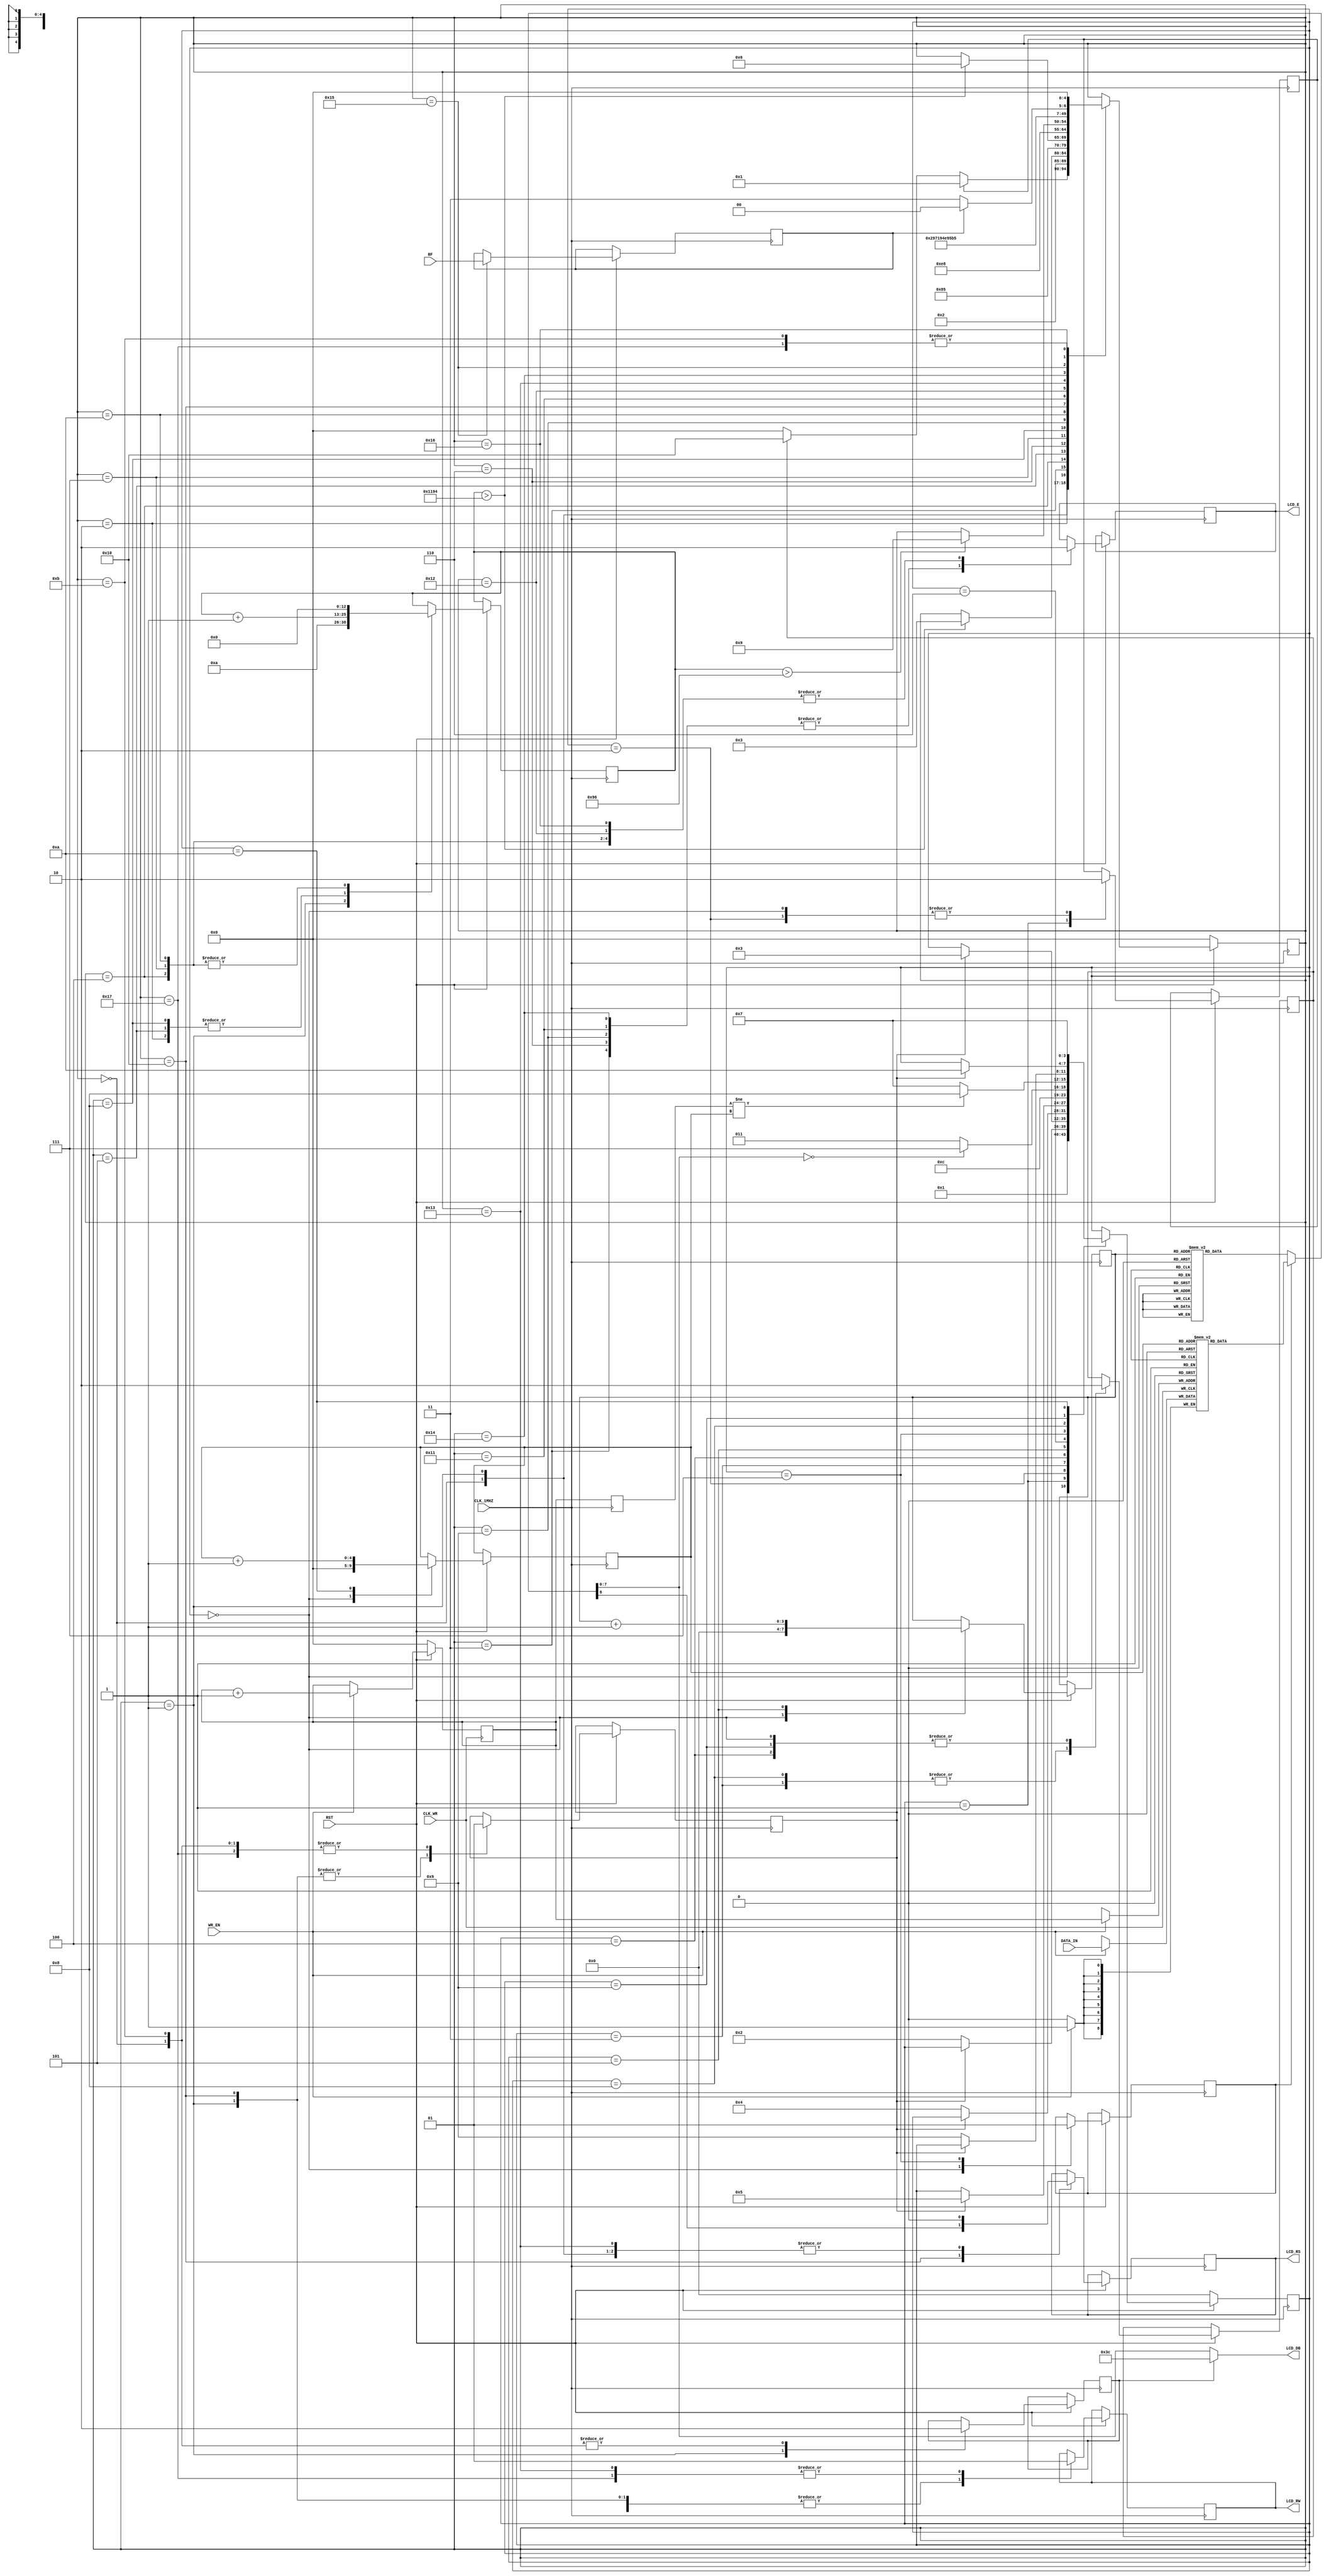
module lcd_putchar_8(input CLK_1MHZ,CLK_WR,
                   input WR_EN,RST,BF,
                   input [8:0] DATA_IN,
                   output reg LCD_E,LCD_RS,LCD_RW,
		    output [7:0] LCD_DB);

reg [4:0] s;
reg go,done,busy;
wire [7:0] LCD_DATA;
reg [3:0] s2;
reg [3:0] adr;
reg pwr_init;
reg [12:0] cnt10;
reg init,norm;
reg [8:0] FIFO [0:31];
reg [4:0] rd_cnt, wr_cnt, buf_wr_cnt;
wire [8:0] DATA_OUT;

/************** FIFO ***************/
always @(posedge CLK_WR) //(1)
if(~RST) wr_cnt<=0;
else
 if(WR_EN) wr_cnt<=wr_cnt+1;

always @(posedge CLK_WR)
 if (WR_EN) FIFO[wr_cnt]<=DATA_IN;

assign DATA_OUT=FIFO[rd_cnt];
/**********************************/

always @(posedge CLK_1MHZ) buf_wr_cnt<=wr_cnt; //(2)
always @(posedge CLK_1MHZ) //(3)
 if(~RST) s2<=0;
 else
  begin
   case (s2)
	 0: begin adr<=0; go<=1'b0; init<=1'b0; 
	           norm<=0; s2<=1; rd_cnt<=0;  end
	 1: begin init<=1'b1; if(~done) s2<=2; end
	 2: begin init<=1'b0; if(done) s2<=3; end 
	 3: begin go<=1'b1; if(~done) s2<=4; end
	 4: begin go<=1'b0; if(done) s2<=5; end
	 5: begin adr<=adr+1; s2<=6; end
	 6: begin if(LCD_DATA==8'd0) s2<=7; else s2<=3; end
	 7: begin norm<=1;
	          if(buf_wr_cnt!=rd_cnt) s2<=8;
	          else s2<=7;
	    end
	 8: begin go<=1; if(~done) s2<=9; end
	 9: begin go<=0; if(done) s2<=10; end
	 10: begin rd_cnt<=rd_cnt+1; s2<=7; end
   endcase
  end
 
function [8:0] INIT_STRING (input [3:0] ADDR); //(4)
  case (ADDR)
   4'd0: INIT_STRING=9'h03c;
   4'd1: INIT_STRING=9'h006;
   4'd2: INIT_STRING=9'h00c;
   4'd3: INIT_STRING=9'h001;
   4'd4: INIT_STRING=9'h128; // (
   4'd5: INIT_STRING=9'h143; // C
   4'd6: INIT_STRING=9'h129; // )
   4'd7: INIT_STRING=9'h120; //
   4'd8: INIT_STRING=9'h132; // 2
   4'd9: INIT_STRING=9'h130; // 0
  4'd10: INIT_STRING=9'h130; // 0
  4'd11: INIT_STRING=9'h138; // 8
  4'd12: INIT_STRING=9'h120; //
  4'd13: INIT_STRING=9'h15a; // Z
  4'd14: INIT_STRING=9'h148; // H
  4'd15: INIT_STRING=9'd0;
  default: INIT_STRING=9'h1xx;
  endcase
endfunction
  
assign {rs_a,LCD_DATA}=norm?DATA_OUT:INIT_STRING(adr); 
assign LCD_DB=pwr_init?8'h3c:LCD_DATA;

always @(posedge CLK_1MHZ) //(5)
 if(~RST) s<=0;
 else
 begin
  case (s)
    0: begin
        LCD_RS<=1'b0; LCD_E<=1'b0; LCD_RW<=1'b0;
        done<=1'b1; pwr_init<=1'b0;
	if(init) s<=1;
	else if(go) s<=16; else s<=0;		  
      end
    1: begin 
        LCD_RW<=0; LCD_RS<=0; cnt10<=10; done<=1'b0;
        pwr_init<=1'b1; s<=2; 
       end
    2: begin
        cnt10<=cnt10+1;
        if(cnt10>13'd4500) s<=3;
       end			 
    3: begin LCD_E<=1'b1; s<=4; end
    4: begin LCD_E<=1'b0; cnt10<=0; s<=5; end
    5: begin  cnt10<=cnt10+1; 
	 if(cnt10>13'd4500) s<=6;
       end			 
    6: begin LCD_E<=1'b1; s<=7; end
    7: begin LCD_E<=1'b0; cnt10<=0; s<=8; end			 
    8: begin cnt10<=cnt10+1; 
	  if(cnt10>13'd150) s<=9; 
       end			 
    9: begin LCD_E<=1'b1; s<=10; end
   10: begin LCD_E<=1'b0; cnt10<=0; s<=11; end
   11: begin done<=1'b1; s<=0; pwr_init<=1'b0; end			          		 
   16: begin LCD_RS<=rs_a; LCD_RW<=1'b0; s<=17; done<=1'b0; end			 
   17: begin LCD_E<=1'b1; s<=18; end   
   18: begin LCD_E<=1'b0; s<=19; end
   19: begin LCD_RW<=1'b1; LCD_RS<=1'b0; s<=20; end
   20: begin LCD_E<=1'b1; s<=21; end
   21: begin busy<=BF; s<=22; end
   22: begin LCD_E<=1'b0; 
         if(busy) s<=20; else s<=23;
	end
   23: begin LCD_RW<=1'b1; done<=1'b1; s<=0; end	 		
  endcase
 end
endmodule